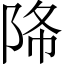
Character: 𨹓